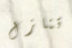
تنازل